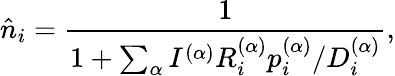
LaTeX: \hat{n}_{i}=\frac{1}{1+\sum_{\alpha}I^{(\alpha)}R_{i}^{(\alpha)}p_{i}^{(\alpha)}/D_{i}^{(\alpha)}},